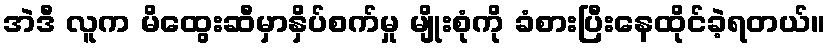
အဲဒီ လူက မိထွေးဆီမှာနှိပ်စက်မှု မျိုးစုံကို ခံစားပြီးနေထိုင်ခဲ့ရတယ်။